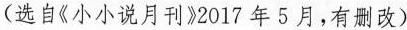
(选自《小小说月刊》2017年5月，有删改